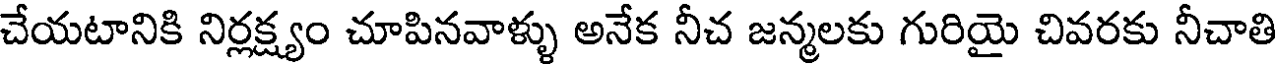
చేయటానికి నిర్లక్ష్యం చూపినవాళ్ళు అనేక నీచ జన్మలకు గురియై చివరకు నీచాతి